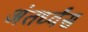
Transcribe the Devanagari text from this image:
अंतर्ध्वंस